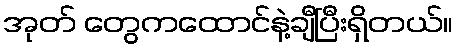
အုတ် တွေကထောင်နဲ့ချီပြီးရှိတယ်။